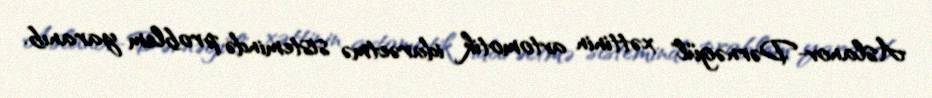
Aslanov-Dərnəgül" xəttinin avtomotik idarəetmə sistemində problem yaranıb.